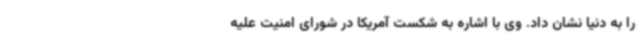
را به دنیا نشان داد. وی با اشاره به شکست آمریکا در شورای امنیت علیه